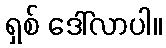
ရှစ် ဒေါ်လာပါ။